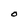
Character: O